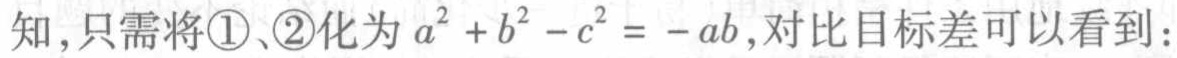
知,只需将\textcircled{1}、\textcircled{2}化为\(a^{2}+b^{2}-c^{2}=-ab\),对比目标差可以看到：